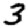
Digit: 3